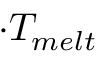
\cdot T _ { m e l t }